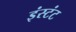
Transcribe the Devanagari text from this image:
इंस्टंट